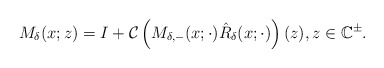
\begin{align*}M_\delta(x ;z)=I+\mathcal{C}\left(M_{\delta,-} (x ; \cdot) \hat{R}_\delta(x;\cdot)\right)(z), z \in\mathbb{C}^{\pm}.\end{align*}